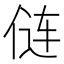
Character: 𫢪